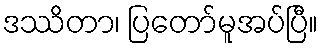
ဒဿိတာ၊ ပြတော်မူအပ်ပြီ။